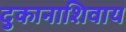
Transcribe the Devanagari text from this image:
दुकानाशिवाय